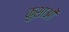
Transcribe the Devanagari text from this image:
कुशाओं